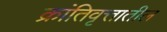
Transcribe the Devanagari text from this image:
क्रांतिवृत्तातील